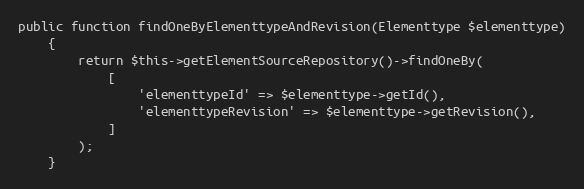
Language: PHP
public function findOneByElementtypeAndRevision(Elementtype $elementtype)
    {
        return $this->getElementSourceRepository()->findOneBy(
            [
                'elementtypeId' => $elementtype->getId(),
                'elementtypeRevision' => $elementtype->getRevision(),
            ]
        );
    }